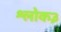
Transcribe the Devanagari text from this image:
श्लोक३